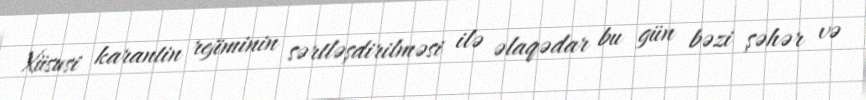
Xüsusi karantin rejiminin sərtləşdirilməsi ilə əlaqədar bu gün bəzi şəhər və